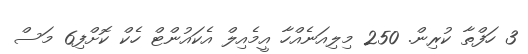
3 ހަފްތާ ކުރިން. 250 މިލިއަނެއްހާ އީމެއިލް އެކައުންޓް ހެކް ކޮށްފި6 މަސް